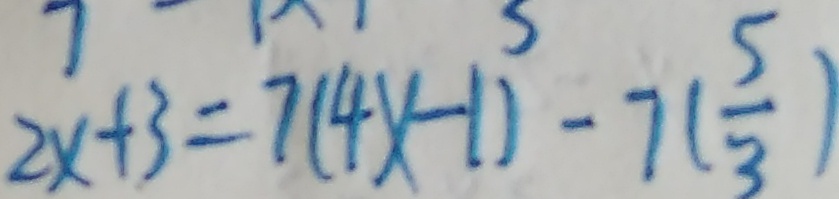
2 x + 3 = 7 ( 4 x - 1 ) - 7 ( \frac { 5 } { 3 } )